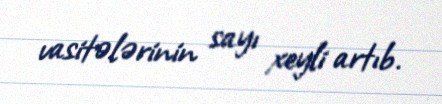
vasitələrinin sayı xeyli artıb.